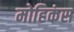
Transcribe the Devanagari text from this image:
मोहिकंस